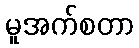
မူအက်စတာ